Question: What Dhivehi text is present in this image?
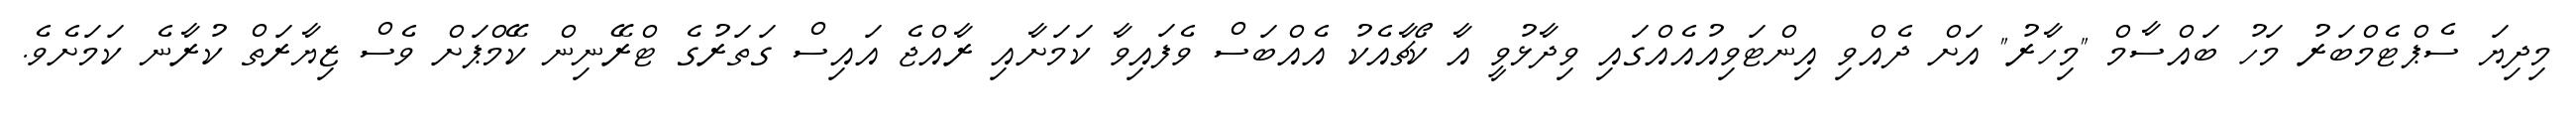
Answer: މިދިޔަ ސެޕްޓެމްބަރު މަހު ބައްސާމް "މިހާރު" އަށް ދެއްވި އިންޓަވިއުއެއްގައި ވިދާޅުވީ އާ ކޯޗާއެކު އެއްބަސް ވެފައިވާ ކަމަށާއި ރާއްޖެ އައިސް ގަތަރުގެ ޓްރޭނިން ކޭމްޕަށް ވެސް ޒިޔާރަތް ކުރާނެ ކަމަށެވެ.